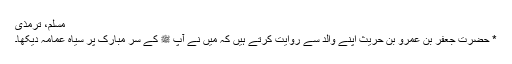
مسلم، ترمذی
* حضرت جعفر بن عمرو بن حریث اپنے والدؓ سے روایت کرتے ہیں کہ میں نے آپ ﷺ کے سر مبارک پر سیاہ عمامہ دیکھا۔